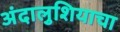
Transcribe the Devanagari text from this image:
अंदालुशियाचा